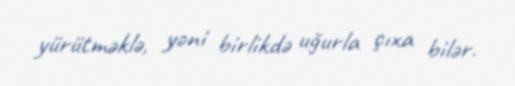
yürütməklə, yəni birlikdə uğurla çıxa bilər.